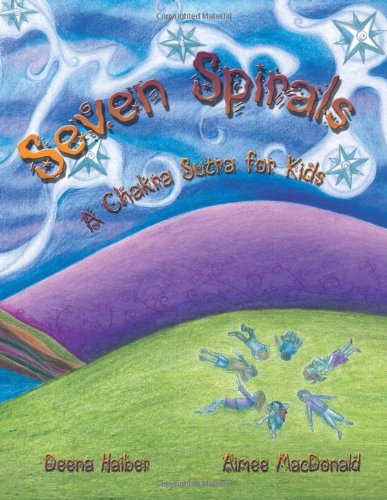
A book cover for Seven Spirals: A Chakra Sutra for Kids; Deena Haiber; Children's Books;